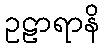
ဥဠာရာနိ